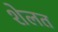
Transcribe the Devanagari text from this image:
शेलत